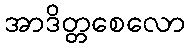
အာဒိတ္တစေလော